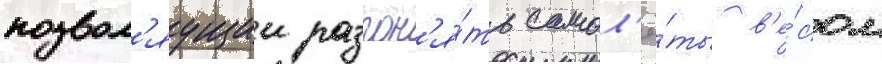
позвол'яущии разгон'я́ть самол'ё́ты в'е́сом